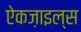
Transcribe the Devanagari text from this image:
ऐकज़ाइल्स